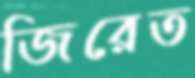
জিরেত